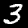
Label: 3